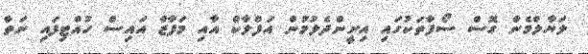
ލަޔާލްމެން ގޮސް ސޯފާތަކުގައި އިށީންދެލުމުން އަފްލާކް އާއި މަފާޒް އައިސް ހުއްޓިފައި ނަތާ